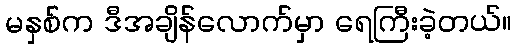
မနှစ်က ဒီအချိန်လောက်မှာ ရေကြီးခဲ့တယ်။